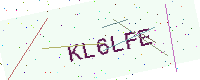
Text: KL6LFE